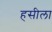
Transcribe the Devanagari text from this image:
हसीला